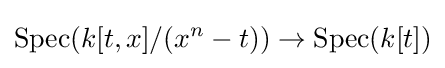
{\text{Spec}}(k[t,x]/(x^{n}-t))\to {\text{Spec}}(k[t])